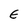
Character: E